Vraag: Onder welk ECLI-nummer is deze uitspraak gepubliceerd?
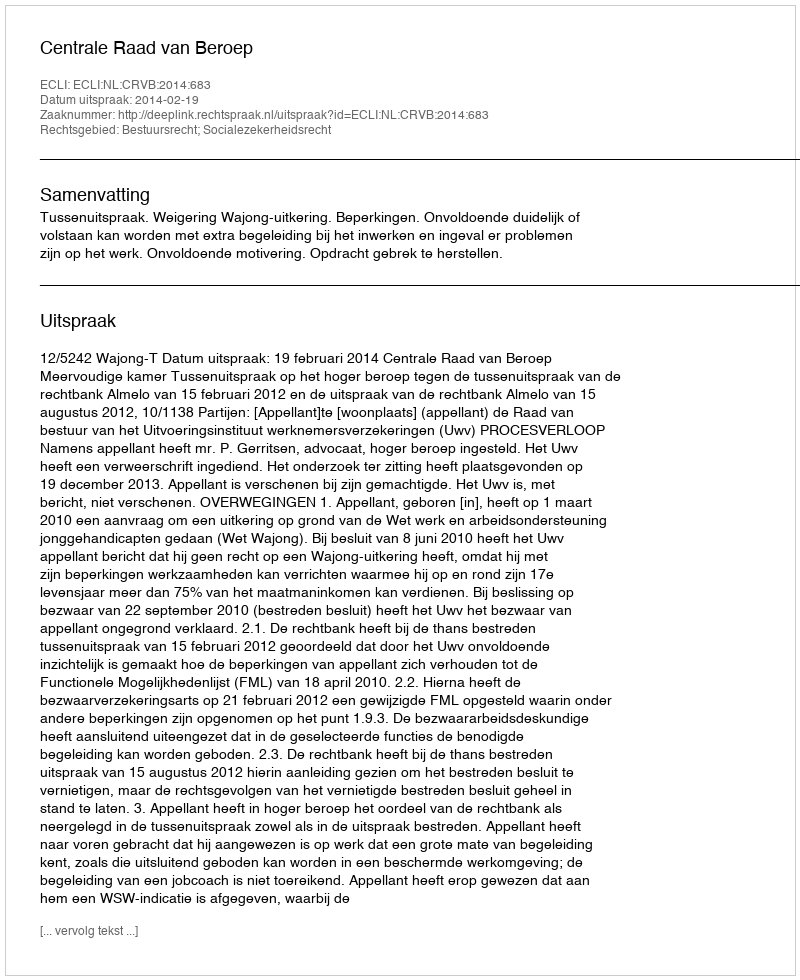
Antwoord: ECLI:NL:CRVB:2014:683